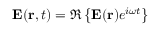
\mathbf { E } ( \mathbf { r } , t ) = \Re \left\{ \mathbf { E } ( \mathbf { r } ) e ^ { i \omega t } \right\}